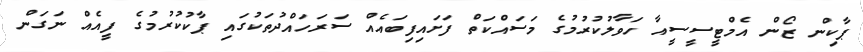
ޕާކިން ޒޯން އެމްޓީސީސީއާ ހަވާލުކުރުމުގެ މަސައްކަތް ފަށައިފިބައެއް ސަރަހައްދުތަކުގައި ޕާކުކުރުމުގެ ފީއެއް ނަގަން